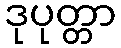
ဒုပုတ္တာ